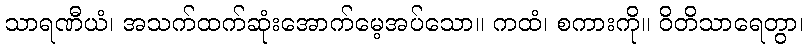
သာရဏီယံ၊ အသက်ထက်ဆုံးအောက်မေ့အပ်သော။ ကထံ၊ စကားကို။ ဝိတိသာရေတွာ၊